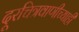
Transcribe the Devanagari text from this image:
दूरचित्रवाणीच्याही